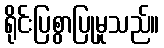
ရိုင်းပြစွာပြုမူသည်။